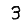
Digit: 3